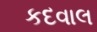
કદવાલ